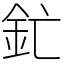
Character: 釯